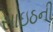
સાઇઠની